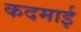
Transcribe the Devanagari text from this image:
कदमाई